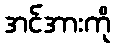
အင်အားကို